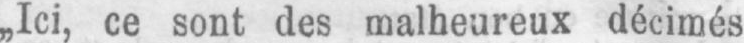
„Ici, ce sont des malheureux décimés